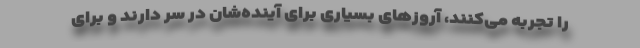
را تجربه می‌کنند، آروزهای بسیاری برای آینده‌شان در سر دارند و برای